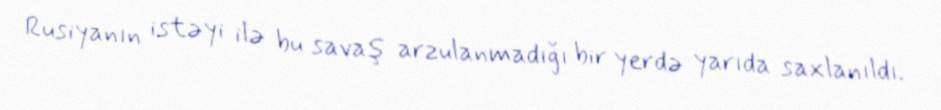
Rusiyanın istəyi ilə bu savaş arzulanmadığı bir yerdə yarıda saxlanıldı.